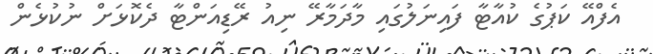
އެފްއޭ ކަޕުގެ ކުއާޓާ ފައިނަލުގައި މާދަމާރޭ ނިއު ރޭޑިއަންޓާ ދެކޮޅަށް ނުކުޅެން